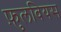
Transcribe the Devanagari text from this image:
फ़ुलवियस